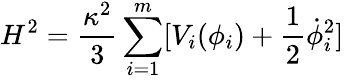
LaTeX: H^{2}=\frac{\kappa^{2}}{3}\sum_{i=1}^{m}[V_{i}(\phi_{i})+\frac{1}{2}\dot{\phi}_{i}^{2}]